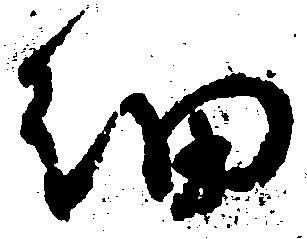
細